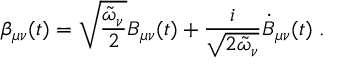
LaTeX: \beta _ { \mu \nu } ( t ) = \sqrt { \frac { \tilde { \omega } _ { \nu } } { 2 } } B _ { \mu \nu } ( t ) + \frac { i } { \sqrt { 2 \tilde { \omega } _ { \nu } } } \dot { B } _ { \mu \nu } ( t ) \; .